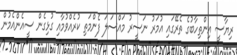
ރިޔާސީ އިންތިހާބުގެ ތެރޭގައި އުމަރު ނަސީރު މައްސަލަ ފެންމަތި ކުރެއްވުމާއި ގުޅިގެން ސީއެންއެމުން